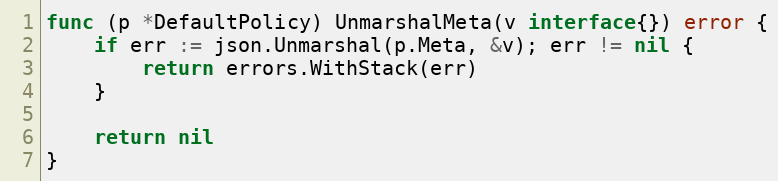
Language: Go
func (p *DefaultPolicy) UnmarshalMeta(v interface{}) error {
	if err := json.Unmarshal(p.Meta, &v); err != nil {
		return errors.WithStack(err)
	}

	return nil
}